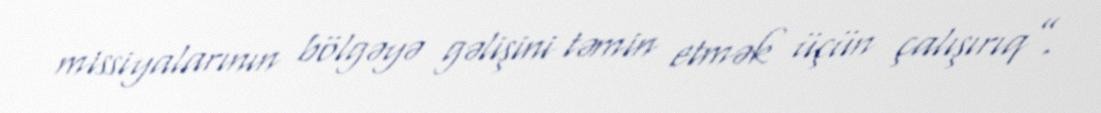
missiyalarının bölgəyə gəlişini təmin etmək üçün çalışırıq”.